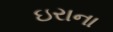
ઇરાના